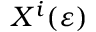
X ^ { i } ( \varepsilon )